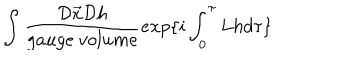
\int \frac { { \cal D } \vec { x } { \cal D } h } { g a u g e \ v o l u m e } e x p \{ i \int _ { 0 } ^ { \tau } L h d \tau \}